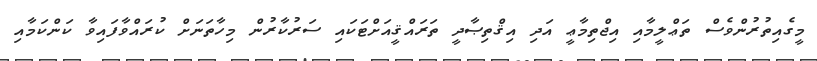
މީގެއިތުރުންވެސް ތަޢްލީމާއި އިޖްތިމާޢީ އަދި އިޤްތިޞާދީ ތަރައްޤީއަށްޓަކައި ސަރުކާރުން މިހާތަނަށް ކުރައްވާފައިވާ ކަންކަމާއި